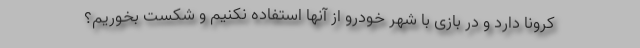
کرونا دارد و در بازی با شهر خودرو از آنها استفاده نکنیم و شکست بخوریم؟